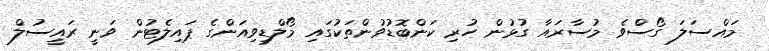
މައްސަލަ ގޯސްވެ މުސާރައާ ގުޅުން ހުރި ކަންބޮޑުވުންތަކުގައި މޯލްޑިވިއަންގެ ޕައިލެޓުން ވަނީ ރައީސުލް